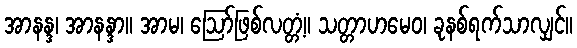
အာနန္ဒ၊ အာနန္ဒာ။ အာမ၊ ဩော်ဖြစ်လတ္တံ့။ သတ္တာဟမေဝ၊ ခုနစ်ရက်သာလျှင်။